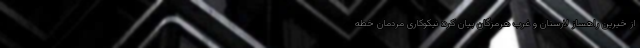
از خیرین راهساز لارستان و غرب هرمزگان بیان کرد: نیکوکاری مردمان خطه